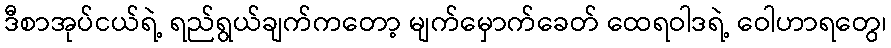
ဒီစာအုပ်ငယ်ရဲ့ ရည်ရွယ်ချက်ကတော့ မျက်မှောက်ခေတ် ထေရဝါဒရဲ့ ဝေါဟာရတွေ၊